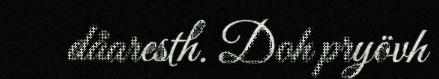
dåaresth. Doh pryövh